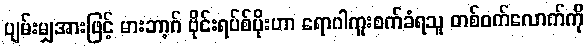
ပျမ်းမျှအားဖြင့် မားဘာ့ဂ် ဗိုင်းရပ်စ်ပိုးဟာ ရောဂါကူးစက်ခံရသူ တစ်ဝက်လောက်ကို